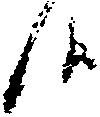
候